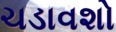
ચડાવશો